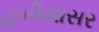
હબીયાસર